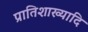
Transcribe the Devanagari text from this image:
प्रातिशाख्यादि